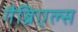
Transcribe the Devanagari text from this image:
गैब्रिएल्स